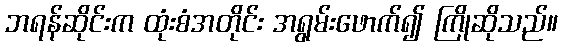
ဘရန်ဆိုင်းက ထုံးစံအတိုင်း အရွမ်းဖောက်၍ ကြိုဆိုသည်။